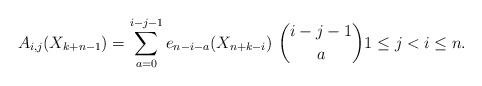
\begin{gather*}A_{i,j}(X_{k+n-1})=\sum_{a=0}^{i-j-1} e_{n-i-a}(X_{n+k-i})~{i-j-1 \choose a} 1 \le j < i \le n.\end{gather*}